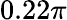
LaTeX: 0.22\pi